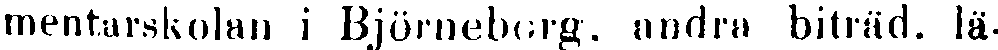
mentarskolan i Björneborg, andra biträd, lä-